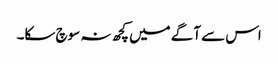
اس سے آگے میں کچھ نہ سوچ سکا۔